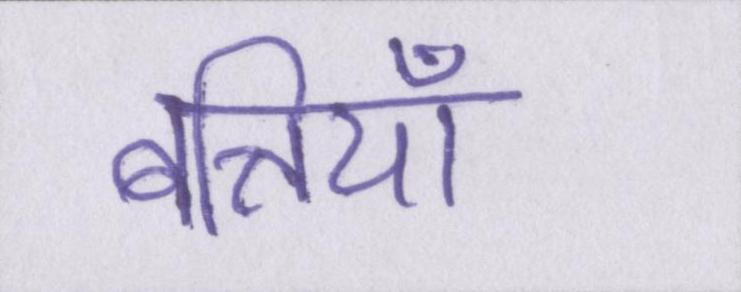
बत्तियाँ